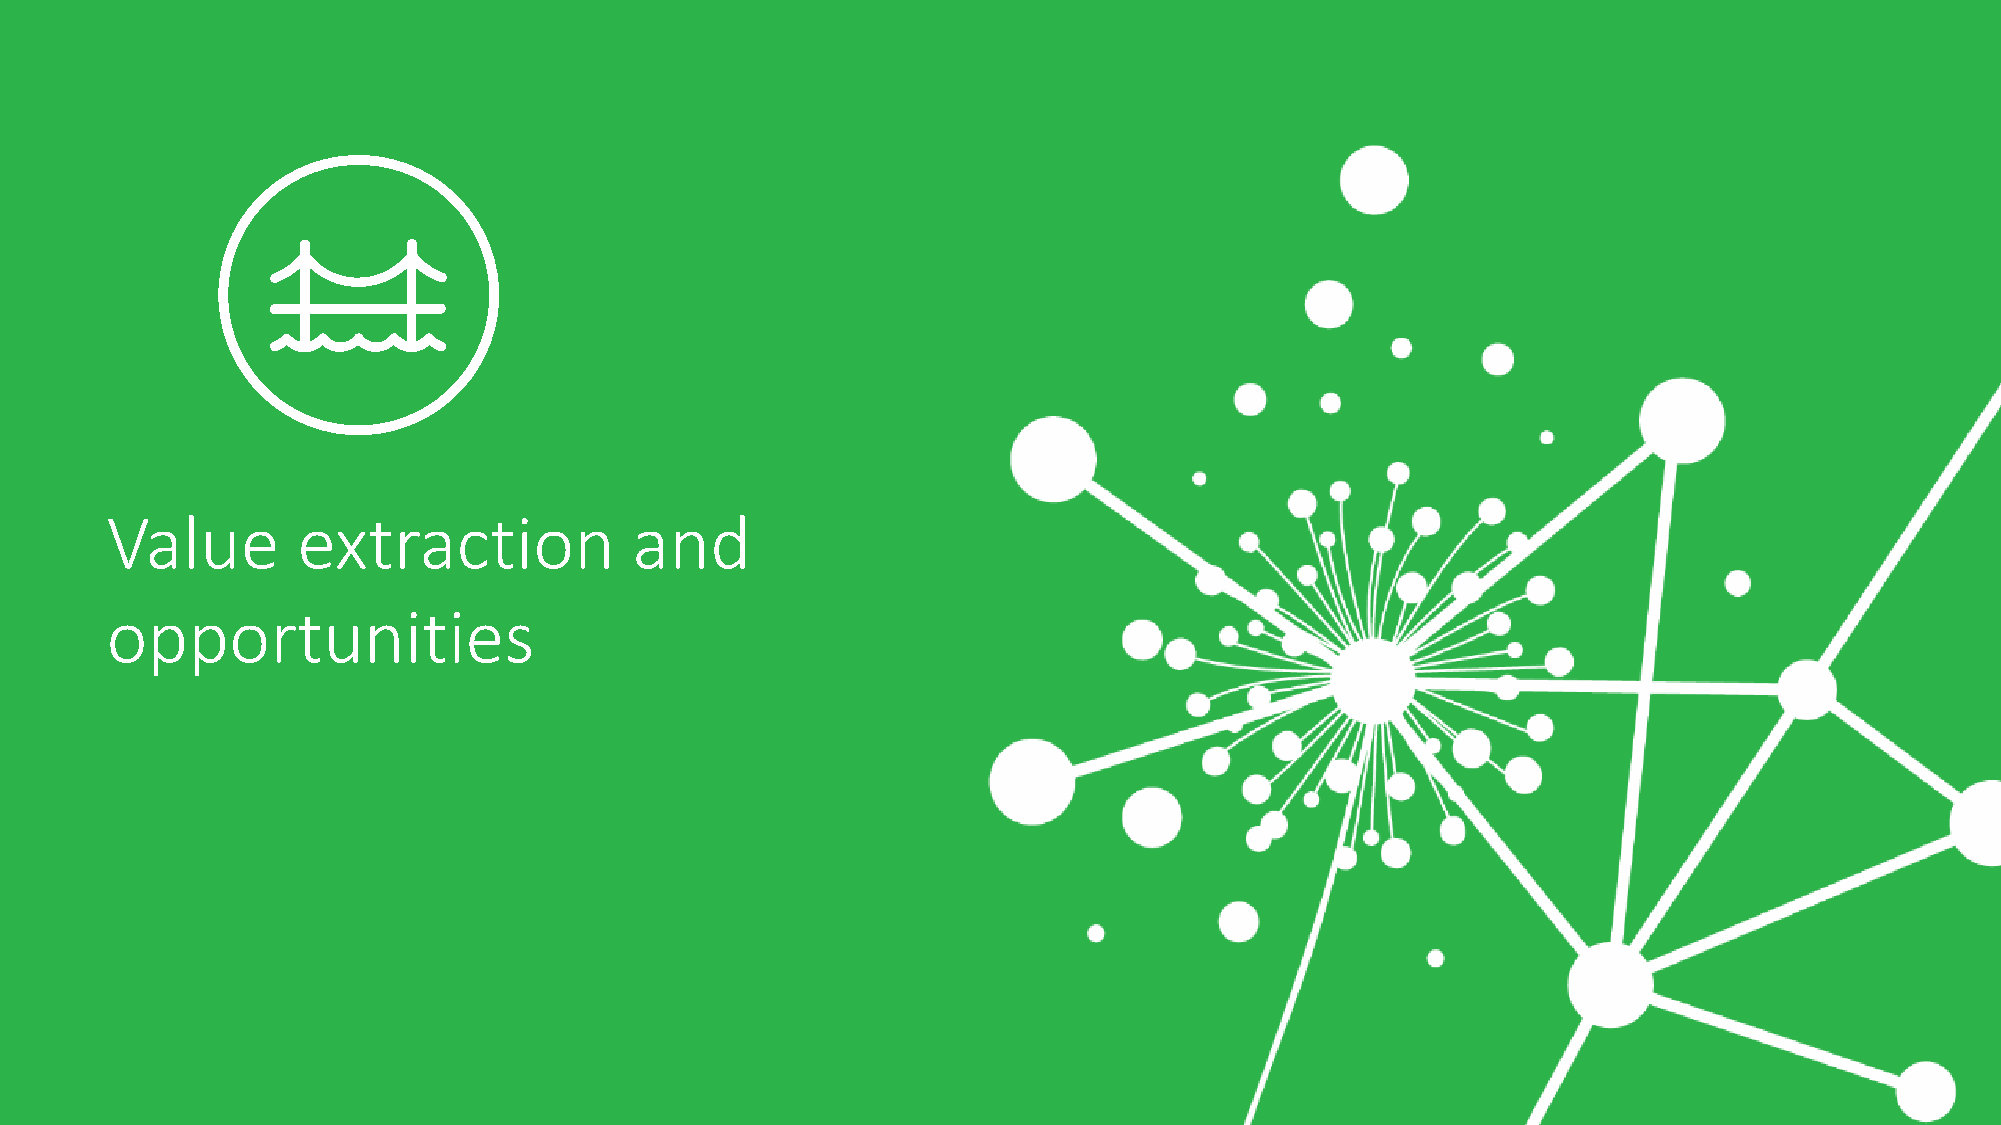
Value        extraction            and
 opportunities
 ©©© 22 2000221119... FF Fooorrr iiinnnfffooorrrmmmaaatttiiiooonnn,,, c ccooonnntattcaatcc ttD DDeleeollioottiietttt &ee TTTooouuuccchhheee. TTAooll hhrimmghaatttsss uure LLsiiemmrviitteeeddd.. Petroleum Industry Act (PIA) and the reforms in Oil & Gas Sector 18
 Property markets redefined